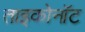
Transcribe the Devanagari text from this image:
ताइकोनॉट